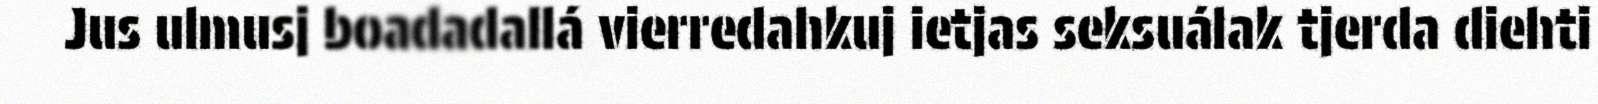
Jus ulmusj boadadallá vierredahkuj ietjas seksuálak tjerda diehti